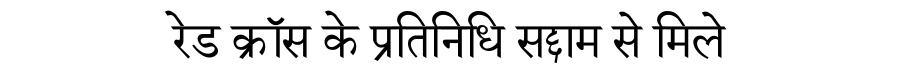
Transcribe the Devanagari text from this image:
रेड क्रॉस के प्रतिनिधि सद्दाम से मिले